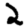
Digit: 2